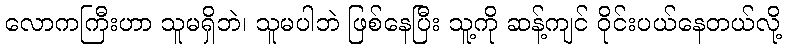
လောကကြီးဟာ သူမရှိဘဲ၊ သူမပါဘဲ ဖြစ်နေပြီး သူ့ကို ဆန့်ကျင် ဝိုင်းပယ်နေတယ်လို့